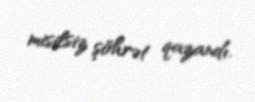
misilsiz şöhrət qazandı.